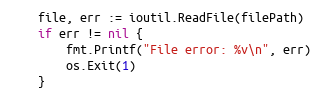
Language: Go
	file, err := ioutil.ReadFile(filePath)
	if err != nil {
		fmt.Printf("File error: %v\n", err)
		os.Exit(1)
	}